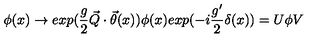
\phi ( x ) \rightarrow e x p ( \frac { g } { 2 } \vec { Q } \cdot \vec { \theta } ( x ) ) \phi ( x ) e x p ( - i \frac { g ^ { \prime } } { 2 } \delta ( x ) ) = U \phi V